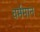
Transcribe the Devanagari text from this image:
वर्ममान